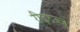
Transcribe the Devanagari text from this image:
रीढ़रज्जु